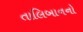
તાલિબાનનો